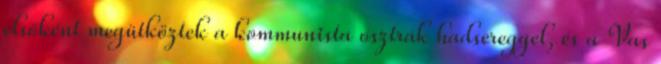
elsőként megütköztek a kommunista osztrák hadsereggel, és a Vas